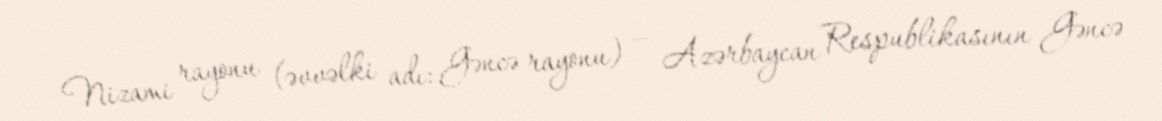
Nizami rayonu (əvvəlki adı: Gəncə rayonu) — Azərbaycan Respublikasının Gəncə